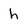
Character: h